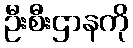
ဦးစီးဌာနကို